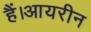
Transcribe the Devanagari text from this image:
हैं।आयरीन